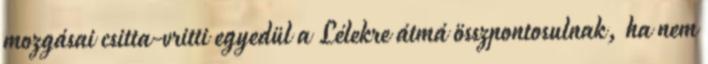
mozgásai csitta-vritti egyedül a Lélekre átmá összpontosulnak, ha nem